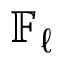
\mathbb { F } _ { \ell }